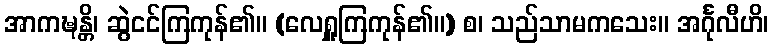
အာကဍ္ဎန္တိ၊ ဆွဲငင်ကြကုန်၏။ (လေရှူကြကုန်၏။) စ၊ သည်သာမကသေး။ အင်္ဂုလီဟိ၊